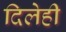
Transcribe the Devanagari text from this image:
दिलेही